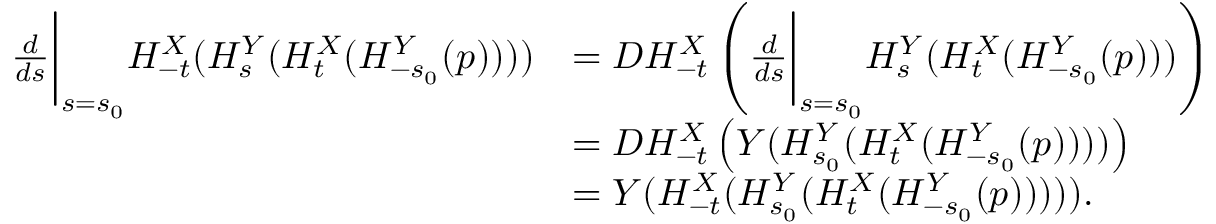
\begin{array} { r l } { \frac { d } { d s } \bigg \vert _ { s = s _ { 0 } } H _ { - t } ^ { X } ( H _ { s } ^ { Y } ( H _ { t } ^ { X } ( H _ { - s _ { 0 } } ^ { Y } ( p ) ) ) ) } & { = D H _ { - t } ^ { X } \left( \frac { d } { d s } \bigg \vert _ { s = s _ { 0 } } H _ { s } ^ { Y } ( H _ { t } ^ { X } ( H _ { - s _ { 0 } } ^ { Y } ( p ) ) ) \right) } \\ & { = D H _ { - t } ^ { X } \left( Y ( H _ { s _ { 0 } } ^ { Y } ( H _ { t } ^ { X } ( H _ { - s _ { 0 } } ^ { Y } ( p ) ) ) ) \right) } \\ & { = Y ( H _ { - t } ^ { X } ( H _ { s _ { 0 } } ^ { Y } ( H _ { t } ^ { X } ( H _ { - s _ { 0 } } ^ { Y } ( p ) ) ) ) ) . } \end{array}